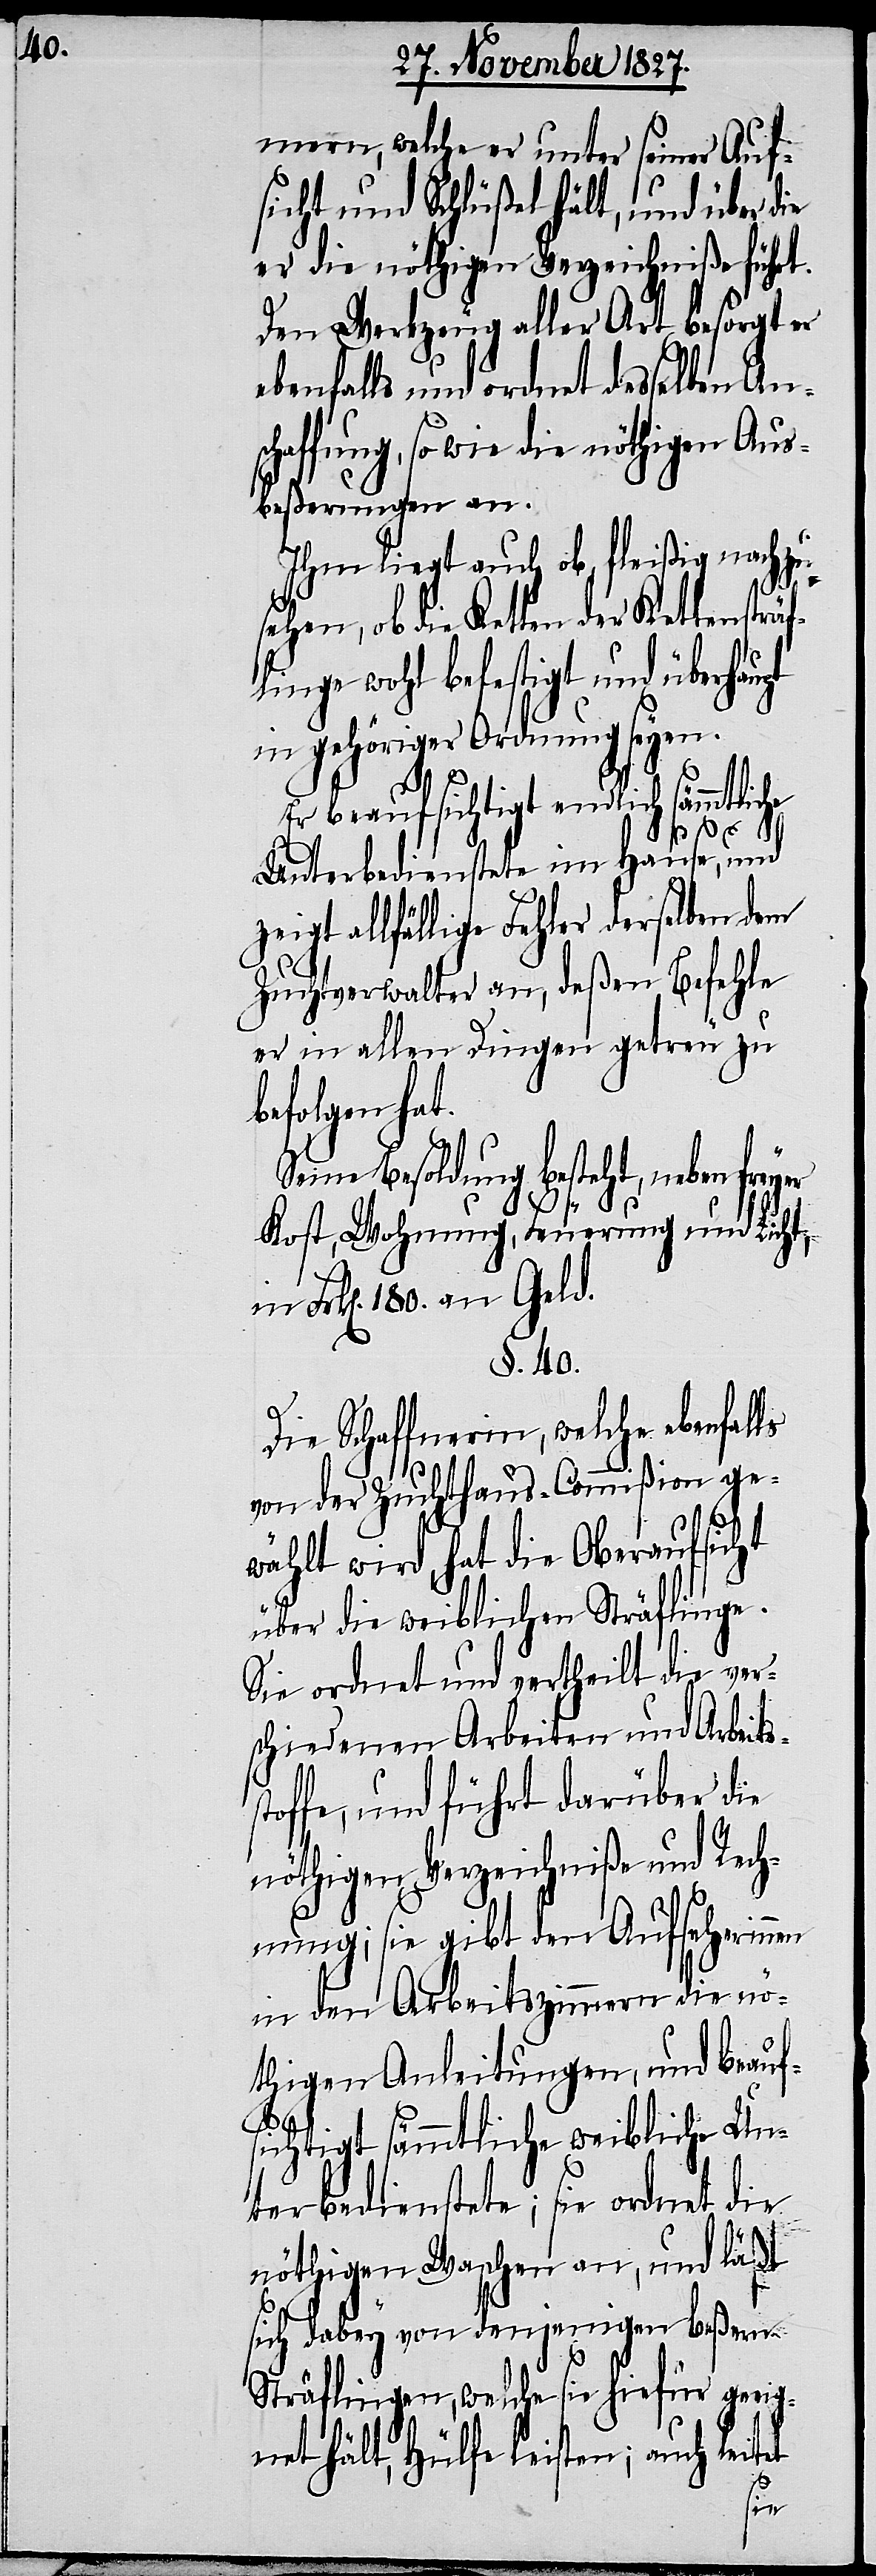
mern, welche er unter seiner Auf¬
sicht und Schlüßel hält, und über die
er nöthige Verzeichniße führt.
Den Werkzeug aller Art besorgt er
ebenfalls und ordnet desselben Ans¬
chaffung, so wie die nöthigen Aus¬
beßerungen an.
Ihm liegt auch ob, fleißig nachzu¬
sehen, ob die Ketten der Kettensträf¬
linge wohl befestigt und überhaupt
in gehöriger Ordnung seyen.
Er beaufsichtigt endlich sämmtliche
Unterbedienstete im Hause, und
zeigt allfällige Fehler derselben dem
Zuchtverwalter an, deßen Befehle
er in allen Dingen getreu zu
befolgen hat.
Seine Besoldung besteht, neben fre¬
s¬
Kost, Wohnung, Feuerung und Licht,
n Frk[en]. 180. an Geld.
§. 40
Die Schaffnerin, welche ebenfalls
von der Zuchthaus-Commißion ge¬
wählt wird, hat die Oberaufsicht
über die weiblichen Sträflinge.
Sie ordnet und vertheilt die ver¬
schiedenen Arbeiten und Arbeits¬
toffe, und führt darüber die
nöthigen Verzeichniße und Rech¬
nung; sie gibt den Aufseherinnen
in den Arbeitszimmern die nö¬
thigen Anleitungen, und beauf¬
i¬
sichtigt sämmtliche weiblich Un¬
terbedienstete; sie ordnet die
nöthigen Waschen an, und läßt
sich dabey von denjenigen beßern
Sträflingen, welche sie hiefür geeig¬
net hält, Hülfe leisten; auch leitet